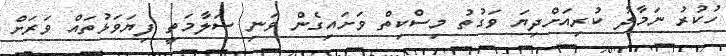
ހުކުރު ނަމާދު ކުރިއަށްދިޔަ ވަގުތު މިސްކިތް ވަށައިގެން ވަނި ސަލާމަތީ ފިޔަވަޅުތައް ވަރަށް